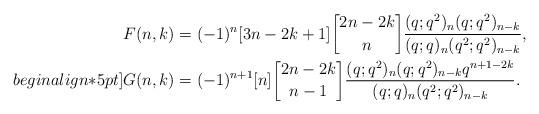
LaTeX: \begin{align*}F(n,k) &=(-1)^{n}[3n-2k+1]{2n-2k\brack n}\frac{(q;q^2)_{n}(q;q^2)_{n-k} }{(q;q)_{n} (q^2;q^2)_{n-k}}, \\begin{align*}5pt]G(n,k) &=(-1)^{n+1}[n]{2n-2k\brack n-1}\frac{(q;q^2)_{n}(q;q^2)_{n-k} q^{n+1-2k} }{(q;q)_{n} (q^2;q^2)_{n-k}}.\end{align*}